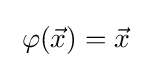
\;\varphi ({\vec {x}})={\vec {x}}\;